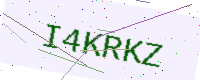
Text: I4KRKZ